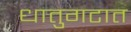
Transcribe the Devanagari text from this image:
धातुगटात